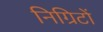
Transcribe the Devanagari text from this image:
निग्रिटों